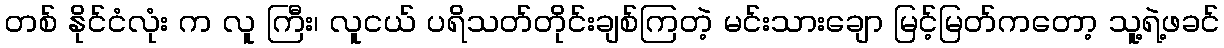
တစ် နိုင်ငံလုံး က လူ ကြီး၊ လူငယ် ပရိသတ်တိုင်းချစ်ကြတဲ့ မင်းသားချော မြင့်မြတ်ကတော့ သူ့ရဲ့ဖခင်